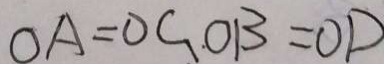
O A = O G . O B = O D